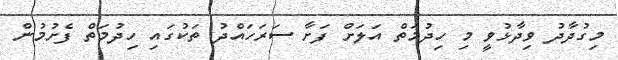
މިގުދާދު ވިދާޅުވީ މި ހިދުމަތް އަލަށް ފަށާ ސަރަހައްދު ތަކުގައި ހިދުމަތް ފެށުމުން